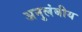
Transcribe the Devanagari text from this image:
अनुलंबीय